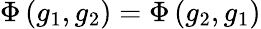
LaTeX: \Phi\left(g_{1},g_{2}\right)=\Phi\left(g_{2},g_{1}\right)